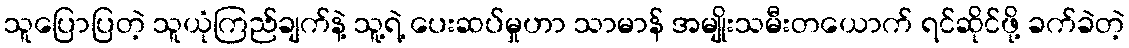
သူပြောပြတဲ့ သူယုံကြည်ချက်နဲ့ သူ့ရဲ့ ပေးဆပ်မှုဟာ သာမာန် အမျိုးသမီးတယောက် ရင်ဆိုင်ဖို့ ခက်ခဲတဲ့